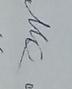
Signature authenticity: genuine